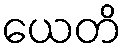
ယေတိ